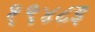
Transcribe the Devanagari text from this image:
१९४८इ